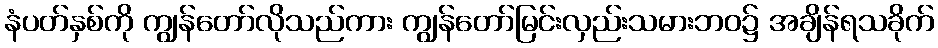
နံပတ်နှစ်ကို ကျွန်တော်လိုသည်ကား ကျွန်တော်မြင်းလှည်းသမားဘဝ၌ အချိန်ရသခိုက်